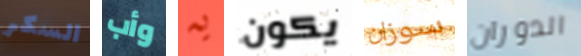
السكر وأب يه يكون سوزان الدوران